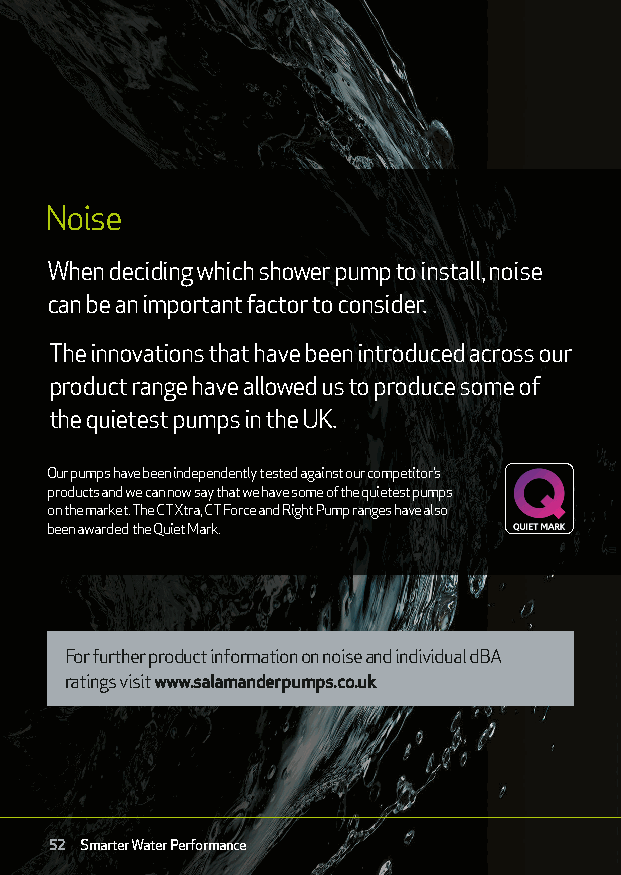
Noise
 When deciding which shower pump to install, noise
 can be an important factor to consider.
 The innovations that have been introduced across our
 product range have allowed us to produce some of
 the quietest pumps in the UK.
 Our pumps have been independently tested against our competitor’s
 products and we can now say that we have some of the quietest pumps
 on the market. The CT Xtra, CT Force and Right Pump ranges have also
 been awarded the Quiet Mark.
 For further product information on noise and individual dBA
 ratings visit www.salamanderpumps.co.uk
 52 Smarter Water Performance